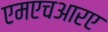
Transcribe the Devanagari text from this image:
एमएचआरए